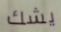
يشك